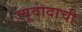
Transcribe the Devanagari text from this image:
ज्यूवादाची